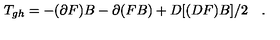
T _ { g h } = - ( \partial F ) B - \partial ( F B ) + D [ ( D F ) B ] / 2 \quad .